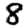
Digit: 8